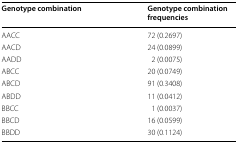
<table><thead><tr><td><b>Genotype combination</b></td><td><b>Genotype combination frequencies</b></td></tr></thead><tbody><tr><td>AACC</td><td>72 (0.2697)</td></tr><tr><td>AACD</td><td>24 (0.0899)</td></tr><tr><td>AADD</td><td>2 (0.0075)</td></tr><tr><td>ABCC</td><td>20 (0.0749)</td></tr><tr><td>ABCD</td><td>91 (0.3408)</td></tr><tr><td>ABDD</td><td>11 (0.0412)</td></tr><tr><td>BBCC</td><td>1 (0.0037)</td></tr><tr><td>BBCD</td><td>16 (0.0599)</td></tr><tr><td>BBDD</td><td>30 (0.1124)</td></tr></tbody></table>